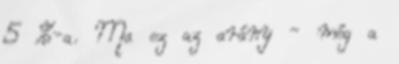
5 %-a. Ma ez az arány - még a